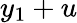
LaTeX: y_{1}+u